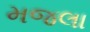
મજલા